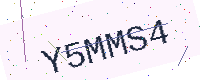
Text: Y5MMS4